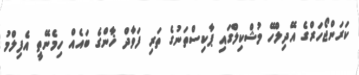
ކަރަންޖޯހަރްގެ އޭދިލްހޭ މުޝްކިލްގައި ޕާކިސްތަނުގެ ތަރި ފަވާދް ޚާންގެ ބައެއް ހިމެނޭތީ އެފިލްމު